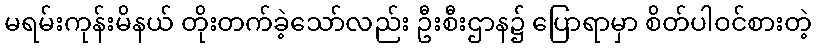
မရမ်းကုန်းမိနယ် တိုးတက်ခဲ့သော်လည်း ဦးစီးဌာန၌ ပြောရာမှာ စိတ်ပါဝင်စားတဲ့